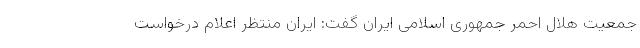
جمعیت هلال احمر جمهوری اسلامی ایران گفت: ایران منتظر اعلام درخواست